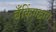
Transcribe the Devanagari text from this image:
बँकिंगद्वारा